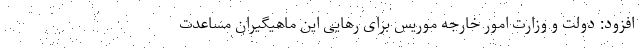
افزود:‌ دولت و وزارت امور خارجه موریس برای رهایی این ماهیگیران مساعدت